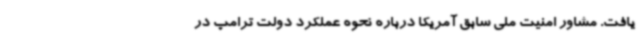
یافت. مشاور امنیت ملی سابق آمریکا درباره نحوه عملکرد دولت ترامپ در